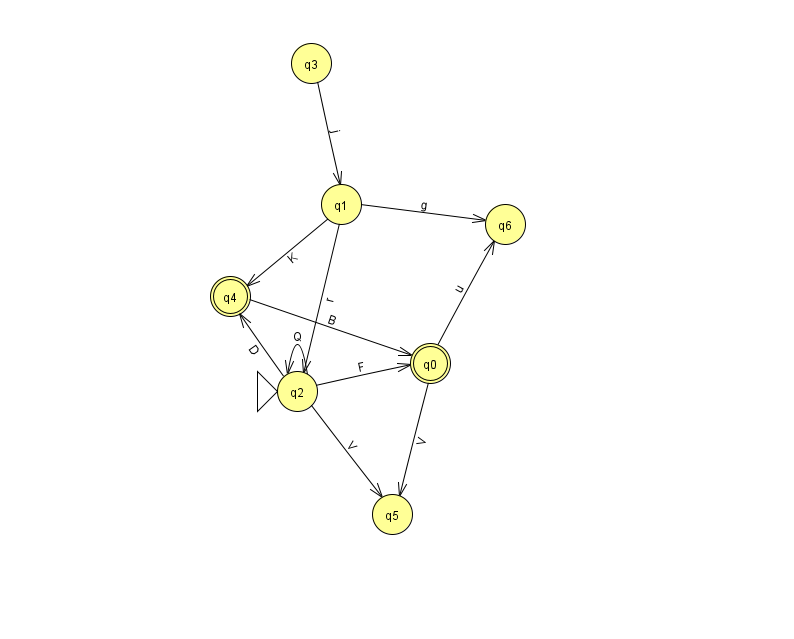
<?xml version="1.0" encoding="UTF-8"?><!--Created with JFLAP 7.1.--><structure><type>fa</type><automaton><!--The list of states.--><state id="0" name="q0"><x>430.0</x><y>350.0</y><final/></state><state id="1" name="q1"><x>341.0</x><y>191.0</y></state><state id="2" name="q2"><x>297.0</x><y>378.0</y><initial/></state><state id="3" name="q3"><x>311.0</x><y>50.0</y></state><state id="4" name="q4"><x>230.0</x><y>283.0</y><final/></state><state id="5" name="q5"><x>392.0</x><y>501.0</y></state><state id="6" name="q6"><x>505.0</x><y>211.0</y></state><!--The list of transitions.--><transition><from>2</from><to>0</to><read>F</read></transition><transition><from>2</from><to>2</to><read>Q</read></transition><transition><from>0</from><to>6</to><read>u</read></transition><transition><from>3</from><to>1</to><read>j</read></transition><transition><from>0</from><to>5</to><read>V</read></transition><transition><from>1</from><to>6</to><read>g</read></transition><transition><from>2</from><to>4</to><read>D</read></transition><transition><from>4</from><to>0</to><read>B</read></transition><transition><from>1</from><to>4</to><read>K</read></transition><transition><from>2</from><to>5</to><read>V</read></transition><transition><from>1</from><to>2</to><read>r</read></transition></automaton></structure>